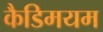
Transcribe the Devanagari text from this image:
कैडिमयम